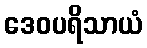
ဒေဝပရိသာယံ